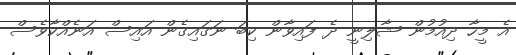
އެ މީހާ ދިއުމުން ޝާލިނީ ދެ ފައިވާން ކިބަ ނަގައިގެން އައިސް އަނެއްކާވެސް